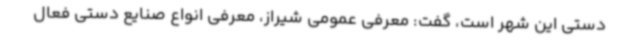
دستی این شهر است، گفت: معرفی عمومی شیراز، معرفی انواع صنایع دستی فعال